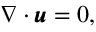
\nabla \cdot \pmb { u } = 0 ,